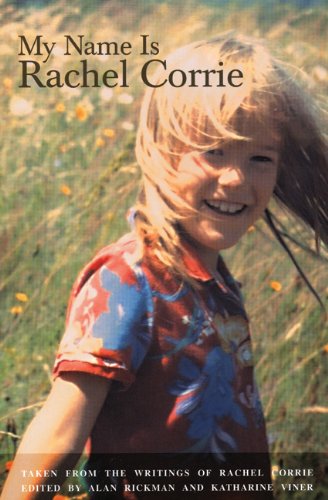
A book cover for My Name is Rachel Corrie; Rachel Corrie; Literature & Fiction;